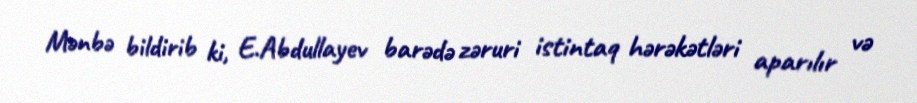
Mənbə bildirib ki, E.Abdullayev barədə zəruri istintaq hərəkətləri aparılır və